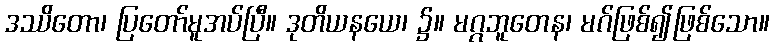
ဒဿိတော၊ ပြတော်မူအပ်ပြီ။ ဒုတိယနယေ၊ ၌။ မဂ္ဂဘူတေန၊ မဂ်ဖြစ်၍ဖြစ်သော။